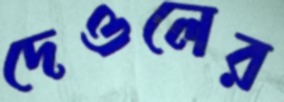
দেওলের